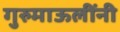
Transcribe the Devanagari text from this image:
गुरुमाऊलींनी